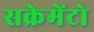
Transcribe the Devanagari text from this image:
सक्रेमेंटो